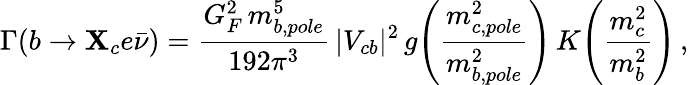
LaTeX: \Gamma(b\to\mathbf{X}_{c}e\bar{{\nu}})=\frac{{G_{F}^{2}\, m_{b,pole}^{5}}}{{192\pi^{3}}}\, |V_{cb}|^{2}\, g\! \left(\frac{{m_{c,pole}^{2}}}{{m_{b,pole}^{2}}}\right)\, K\! \left(\frac{{m_{c}^{2}}}{{m_{b}^{2}}}\right)\, ,